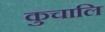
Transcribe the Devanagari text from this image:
कुचालि